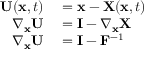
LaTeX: \begin{array} { r l } { \mathbf { U } ( \mathbf { x } , t ) } & { { } = \mathbf { x } - \mathbf { X } ( \mathbf { x } , t ) } \\ { \nabla _ { \mathbf { x } } \mathbf { U } } & { { } = \mathbf { I } - \nabla _ { \mathbf { x } } \mathbf { X } } \\ { \nabla _ { \mathbf { x } } \mathbf { U } } & { { } = \mathbf { I } - \mathbf { F } ^ { - 1 } } \end{array}